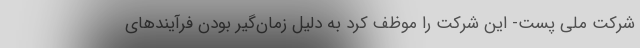
شرکت ملی پست- این شرکت را موظف کرد به دلیل زمان‌گیر بودن فرآیندهای